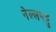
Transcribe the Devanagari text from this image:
नेल्‍लपट्टु